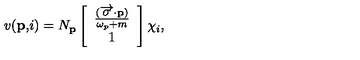
v ( \mathbf { p , } i ) = N _ { \mathbf { p } } \left[ \begin{array} { c } { \frac { ( \overrightarrow { \mathbf { \sigma } } \mathbf { \cdot p } ) } { \omega _ { p } + m } } \\ { 1 } \\ \end{array} \right] \chi _ { i } ,